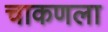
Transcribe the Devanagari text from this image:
चाकणला